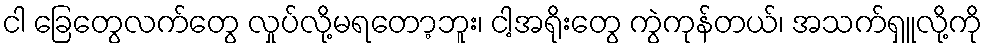
ငါ ခြေတွေလက်တွေ လှုပ်လို့မရတော့ဘူး၊ ငါ့အရိုးတွေ ကွဲကုန်တယ်၊ အသက်ရှူလို့ကို